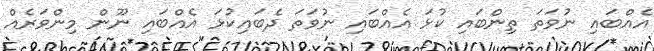
އެއްބައި ނުވަތަ ތިންބައި ކުޅަ އެއްބައި ނުވަތަ ދެބައިކުޅަ އެއްބައި ނޫން މިންވަރެއް